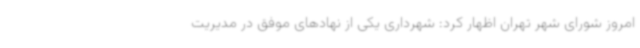
امروز شورای شهر تهران اظهار کرد: شهرداری یکی از نهادهای موفق در مدیریت